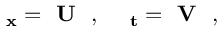
\begin{array} { r } { \bf { \Psi } _ { x } = \textbf { U } \Psi , ~ ~ ~ \bf { \Psi } _ { t } = \textbf { V } \Psi , } \end{array}